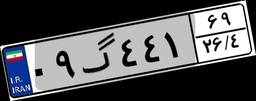
۰۹گ۴۴۱۶۹